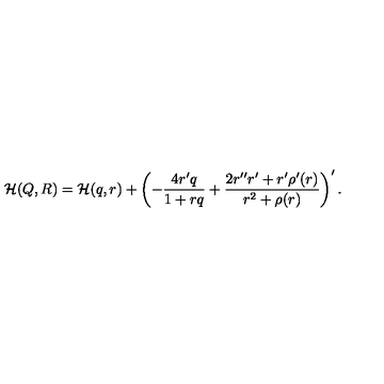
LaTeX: { \cal H } ( Q , R ) = { \cal H } ( q , r ) + \left( - \frac { 4 r ^ { \prime } q } { 1 + r q } + \frac { 2 r ^ { \prime \prime } r ^ { \prime } + r ^ { \prime } \rho ^ { \prime } ( r ) } { r ^ { 2 } + \rho ( r ) } \right) ^ { \prime } .